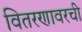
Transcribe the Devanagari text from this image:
वितरणावरची